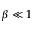
\beta \ll 1